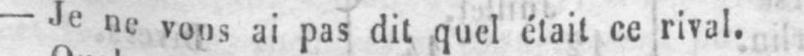
- Je ne vous ai pas dit quel était ce rival.